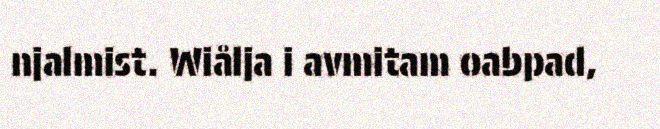
njalmist. Wiålja i avmitam oabpad,